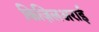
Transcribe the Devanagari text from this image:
किज़िलअराई